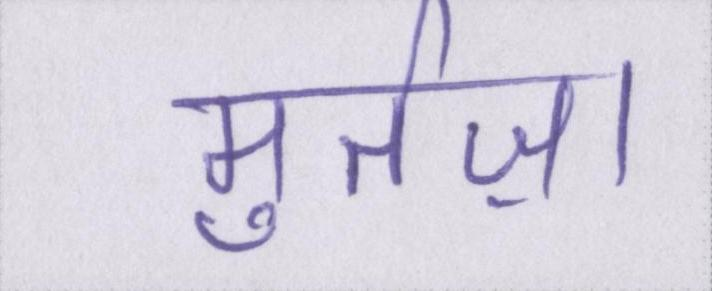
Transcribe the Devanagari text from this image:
मुर्तज़ा